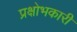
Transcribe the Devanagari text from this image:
प्रक्षोभकारी